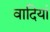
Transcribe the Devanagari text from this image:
वादियां